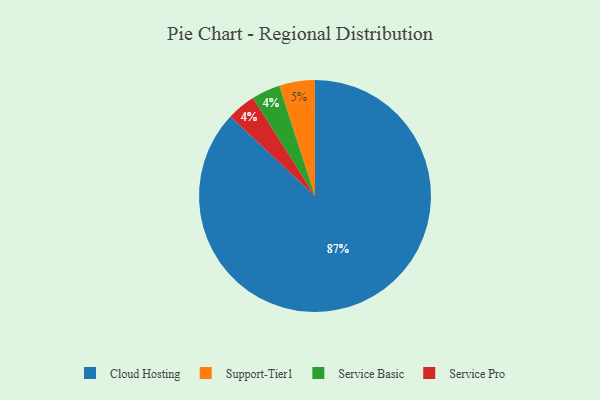
{"axis": {"x": "Category", "y": "Percentage"}, "legend": ["Cloud Hosting", "Service Basic", "Service Pro", "Support-Tier1"], "data": [{"x": "Service Basic", "y": 4, "type": "Service Basic"}, {"x": "Support-Tier1", "y": 5, "type": "Support-Tier1"}, {"x": "Cloud Hosting", "y": 87, "type": "Cloud Hosting"}, {"x": "Service Pro", "y": 4, "type": "Service Pro"}]}